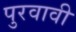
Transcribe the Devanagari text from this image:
पुरवावी